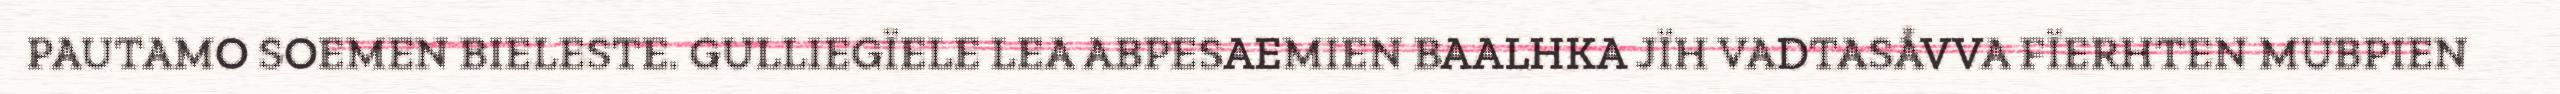
PAUTAMO SOEMEN BIELESTE. GULLIEGÏELE LEA ABPESAEMIEN BAALHKA JÏH VADTASÅVVA FÏERHTEN MUBPIEN